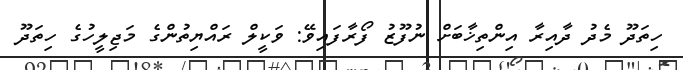
ހިތަދޫ މެދު ދާއިރާ އިންތިޚާބަށް ނުފޫޒު ފޯރާފައިވޭ: ވަކީލް ރައްޔިތުންގެ މަޖިލީހުގެ ހިތަދޫ